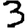
Digit: 3